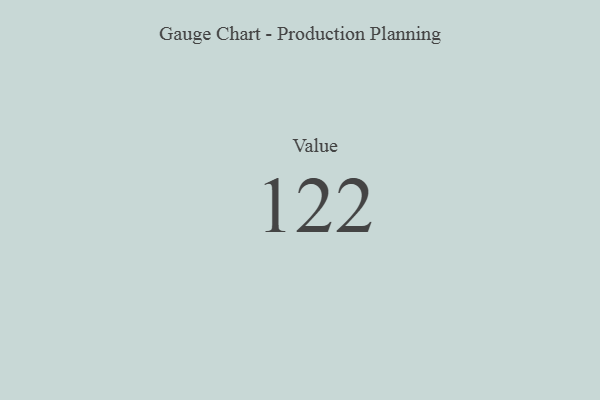
{"axis": {"x": "Metric", "y": "Value"}, "legend": [""], "data": [{"x": "Value", "y": 122, "type": ""}]}